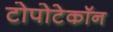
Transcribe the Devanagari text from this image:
टोपोटेकॉन